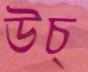
উচ্